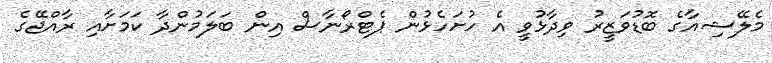
މެލޭޝިއާގެ ބޮޑުވަޒީރު ވިދާޅުވީ އެ ހުށަހެޅުން ޕެޓްރޯނާސް އިން ބަލަމުންދާ ކަމަށާއި ރާއްޖޭގެ